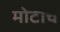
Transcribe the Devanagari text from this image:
मोटोचे